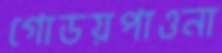
গোডয়পাওনা